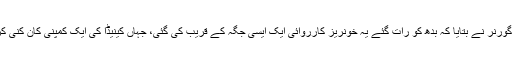
علاقائی گورنر نے بتایا کہ بدھ کو رات گئے یہ خونریز کارروائی ایک ایسی جگہ کے قریب کی گئی، جہاں کینیڈا کی ایک کمپنی کان کنی کرتی ہے۔